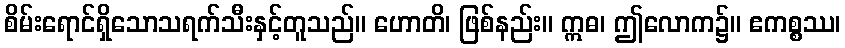
စိမ်းရောင်ရှိသောသရက်သီးနှင့်တူသည်။ ဟောတိ၊ ဖြစ်နည်း။ ဣဓ၊ ဤလောက၌။ ဧကစ္စဿ၊